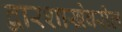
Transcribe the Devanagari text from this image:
द्वारशाखेवरील